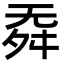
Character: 𣄳